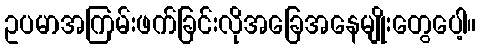
ဥပမာအကြမ်းဖက်ခြင်းလိုအခြေအနေမျိုးတွေပေါ့။